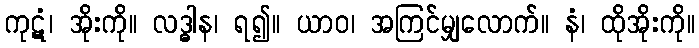
ကုဋံ၊ အိုးကို။ လဒ္ဓါန၊ ရ၍။ ယာဝ၊ အကြင်မျှလောက်။ နံ၊ ထိုအိုးကို။